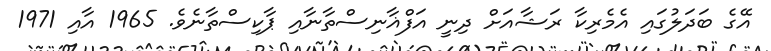
އޭގެ ބަދަލުގައި އެމެރިކާ ރަޝާއަށް ދިނީ އަފްޣާނިސްތާނާއި ޕާކިސްތާނެވެ. 1965 އާއި 1971